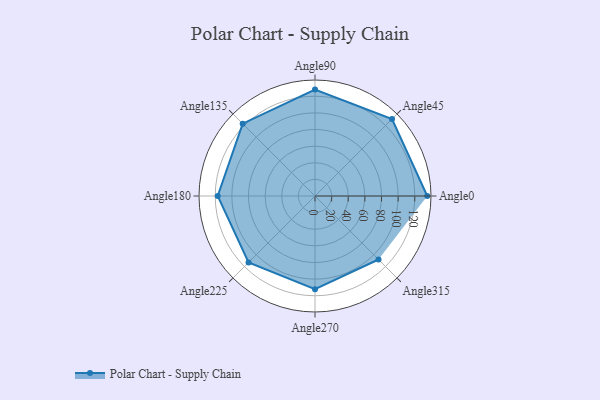
{"axis": {"x": "Angle", "y": "Radius"}, "legend": [""], "data": [{"x": "Angle0", "y": 135.0, "type": ""}, {"x": "Angle45", "y": 131.0, "type": ""}, {"x": "Angle90", "y": 128.0, "type": ""}, {"x": "Angle135", "y": 123.0, "type": ""}, {"x": "Angle180", "y": 117.0, "type": ""}, {"x": "Angle225", "y": 113.0, "type": ""}, {"x": "Angle270", "y": 112.0, "type": ""}, {"x": "Angle315", "y": 108.0, "type": ""}]}